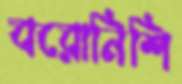
বরোনিশি